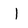
Character: l